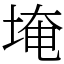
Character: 埯